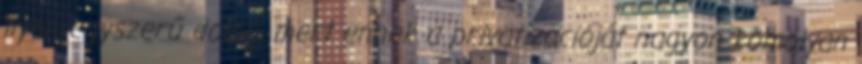
ilyen egyszerű dolog, mert ennek a privatizációját nagyon komolyan